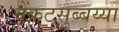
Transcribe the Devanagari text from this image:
वेंकटसुब्बय्या